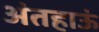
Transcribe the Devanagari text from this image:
अंतहाऊं